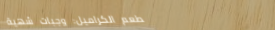
مطعم الكراميل: وجبات شهية